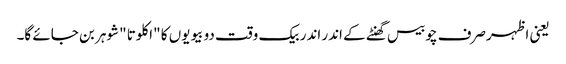
یعنی اظہرصرف چوبیس گھنٹے کے اندر اندر بیک وقت دو بیویوں کا "اکلوتا "شوہر بن جائے گا۔